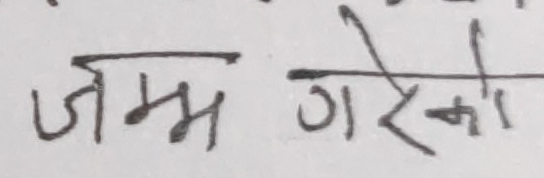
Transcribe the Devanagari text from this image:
जम्म गरेको